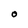
Character: O